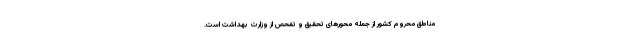
مناطق محروم کشور از جمله محورهای تحقیق و تفحص از وزارت بهداشت است.